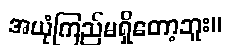
အယုံကြည်မရှိတော့ဘူး။